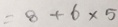
= 8 + 6 \times 5